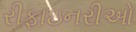
રીફાઇનરીઓ